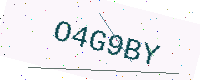
Text: O4G9BY